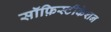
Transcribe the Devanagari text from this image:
सॉफ़िस्टीकेशन